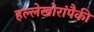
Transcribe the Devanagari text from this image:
हल्लेखोरांपैकी